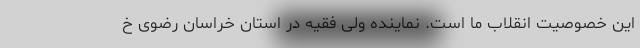
این خصوصیت انقلاب ما است. نماینده ولی فقیه در استان خراسان رضوی خ